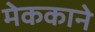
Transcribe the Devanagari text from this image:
मेककाने